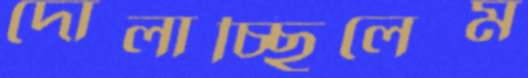
দোলাচ্ছিলেম